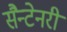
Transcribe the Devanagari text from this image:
सैन्टेनरी